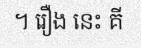
។ រឿង នេះ គី